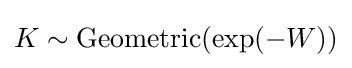
K\sim \operatorname {Geometric} (\exp(-W))